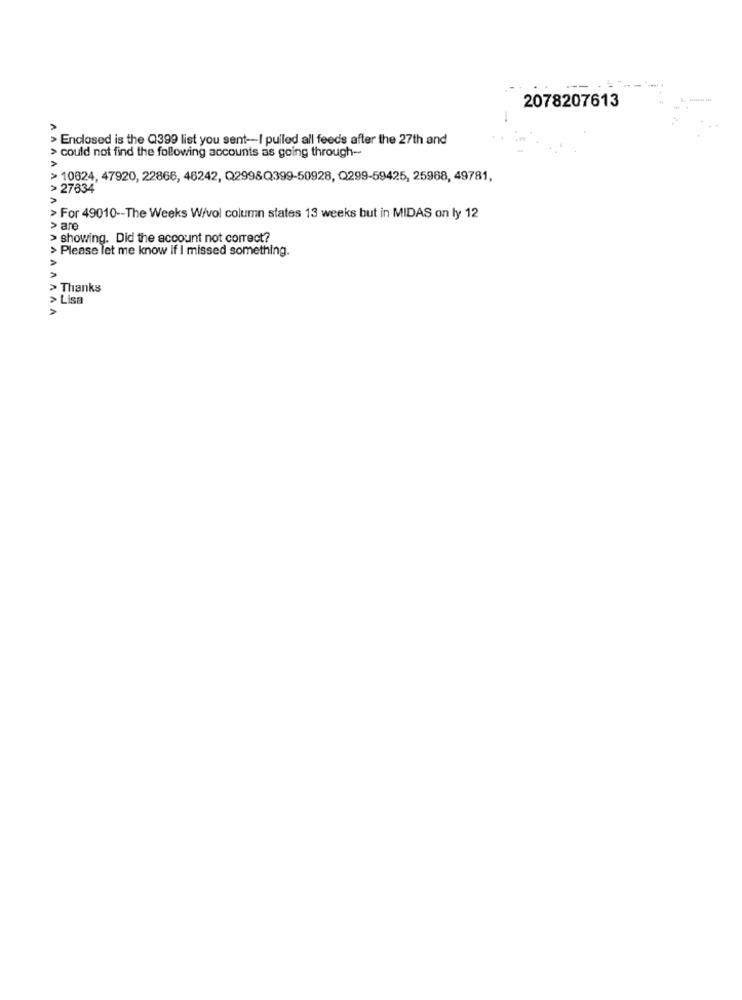
2078207613
A
> Enclosed is the Q399 list you sent -- I pulled all feeds after the 27th and
> could not find the following accounts as going through --
> 10824, 47920, 22866, 46242, Q2998Q399-50928, Q299-59425, 25968, 49781,
> 27834
> For 49010 -- The Weeks W/vol column states 13 weeks but in MIDAS on ly 12
> are
> showing. Did the account not correct?
> Please let me know if I missed something.
> Thanks
> Lisa